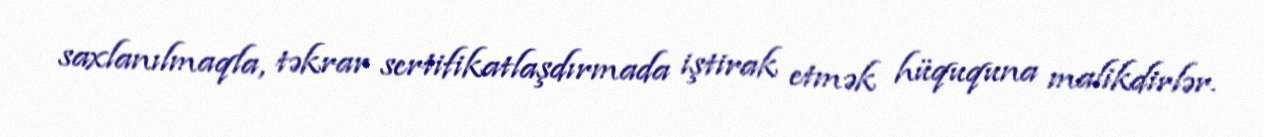
saxlanılmaqla, təkrar sertifikatlaşdırmada iştirak etmək hüququna malikdirlər.